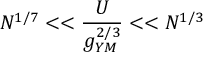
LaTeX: N ^ { 1 / 7 } < < \frac { U } { g _ { Y M } ^ { 2 / 3 } } < < N ^ { 1 / 3 }